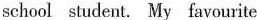
school student. My favourite